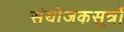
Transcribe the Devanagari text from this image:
संयोजकसूत्रों